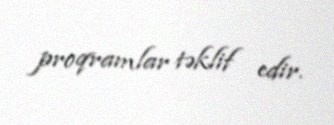
proqramlar təklif edir.